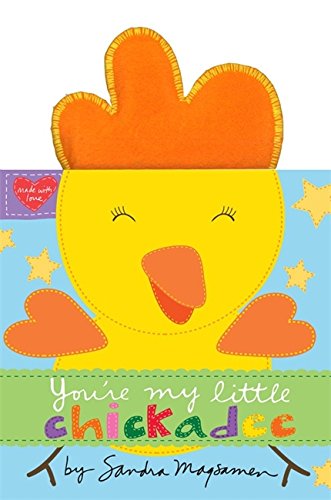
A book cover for You're My Little Chickadee; Sandra Magsamen; Children's Books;